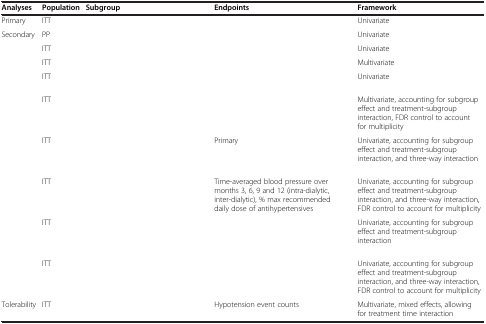
<table><thead><tr><td><b>Analyses</b></td><td><b>Population</b></td><td><b>Subgroup</b></td><td><b>Endpoints</b></td><td><b>Framework</b></td></tr></thead><tbody><tr><td>Primary</td><td>ITT</td><td>[EMPTY_CELL]</td><td>[EMPTY_CELL]</td><td>Univariate</td></tr><tr><td>Secondary</td><td>PP</td><td>[EMPTY_CELL]</td><td>[EMPTY_CELL]</td><td>Univariate</td></tr><tr><td>[EMPTY_CELL]</td><td>ITT</td><td>[EMPTY_CELL]</td><td>[EMPTY_CELL]</td><td>Univariate</td></tr><tr><td>[EMPTY_CELL]</td><td>ITT</td><td>[EMPTY_CELL]</td><td>[EMPTY_CELL]</td><td>Multivariate</td></tr><tr><td>[EMPTY_CELL]</td><td>ITT</td><td>[EMPTY_CELL]</td><td>[EMPTY_CELL]</td><td>Univariate</td></tr><tr><td>[EMPTY_CELL]</td><td>ITT</td><td>[EMPTY_CELL]</td><td>[EMPTY_CELL]</td><td>Multivariate, accounting for subgroup effect and treatment-subgroup interaction, FDR control to account for multiplicity</td></tr><tr><td>[EMPTY_CELL]</td><td>ITT</td><td>[EMPTY_CELL]</td><td>Primary</td><td>Univariate, accounting for subgroup effect and treatment-subgroup interaction, and three-way interaction</td></tr><tr><td>[EMPTY_CELL]</td><td>ITT</td><td>[EMPTY_CELL]</td><td>Time-averaged blood pressure over months 3, 6, 9 and 12 (intra-dialytic, inter-dialytic), % max recommended daily dose of antihypertensives</td><td>Univariate, accounting for subgroup effect and treatment-subgroup interaction, and three-way interaction, FDR control to account for multiplicity</td></tr><tr><td>[EMPTY_CELL]</td><td>ITT</td><td>[EMPTY_CELL]</td><td>[EMPTY_CELL]</td><td>Univariate, accounting for subgroup effect and treatment-subgroup interaction</td></tr><tr><td>[EMPTY_CELL]</td><td>ITT</td><td>[EMPTY_CELL]</td><td>[EMPTY_CELL]</td><td>Univariate, accounting for subgroup effect and treatment-subgroup interaction, and three-way interaction, FDR control to account for multiplicity</td></tr><tr><td>Tolerability</td><td>ITT</td><td>[EMPTY_CELL]</td><td>Hypotension event counts</td><td>Multivariate, mixed effects, allowing for treatment time interaction</td></tr></tbody></table>